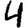
Digit: 4